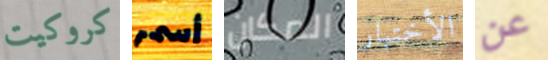
كروكيت أسمر المكان الأختبار عن